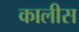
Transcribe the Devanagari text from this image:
कालीस